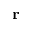
\mathbf { r }